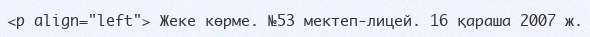
<p align="left"> Жеке көрме. №53 мектеп-лицей. 16 қараша 2007 ж.